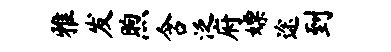
雅发煦含泛府嫖途到